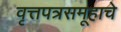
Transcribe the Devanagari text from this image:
वृत्तपत्रसमूहाचे